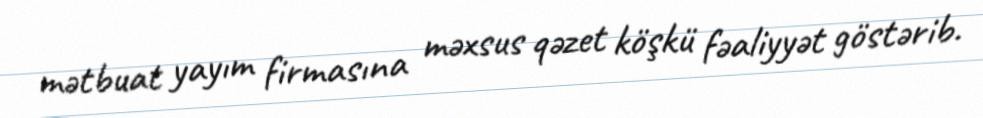
mətbuat yayım firmasına məxsus qəzet köşkü fəaliyyət göstərib.